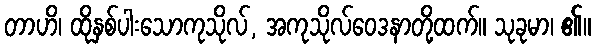
တာဟိ၊ ထိုနှစ်ပါးသောကုသိုလ်, အကုသိုလ်ဝေဒနာတို့ထက်။ သုခုမာ၊ ၏။